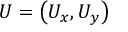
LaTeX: U = \left( U _ { x } , U _ { y } \right)